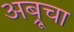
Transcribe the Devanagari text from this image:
अब्रूचा